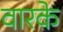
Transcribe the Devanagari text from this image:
वारके